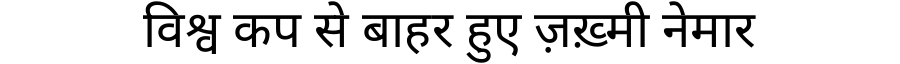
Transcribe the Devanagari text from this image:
विश्व कप से बाहर हुए ज़ख़्मी नेमार